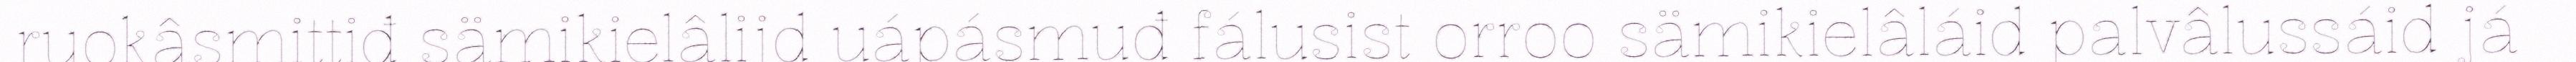
ruokâsmittiđ sämikielâlijd uápásmuđ fálusist orroo sämikielâláid palvâlussáid já